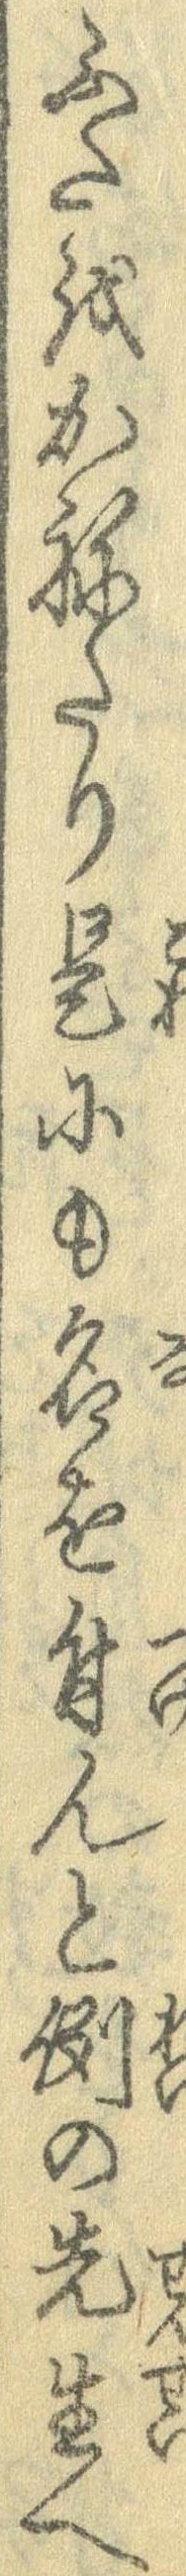
ふたをかねたり是にも名を付んと例の先生へ